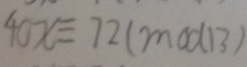
4 0 x \equiv 7 2 ( m o d 1 3 )